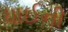
ધાઈની